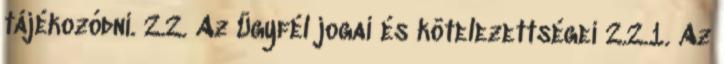
tájékozódni. 2.2. Az Ügyfél jogai és kötelezettségei 2.2.1. Az